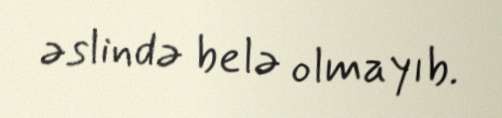
əslində belə olmayıb.